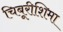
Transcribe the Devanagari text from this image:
चिबूरीशिमा